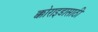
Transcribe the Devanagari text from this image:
क्कोराइडासाठी